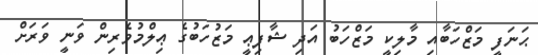
ޙަނަފީ މަޒްހަބާއި މާލިކީ މަޒްހަބު އަދި ޝާފިޢީ މަޒުހަބުގެ ޢިލްމުވެރިން ވަނީ ވަރަށް